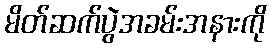
မိတ်ဆက်ပွဲအခမ်းအနားကို